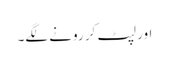
اور لپٹ کر رونے لگے۔